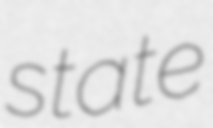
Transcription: state